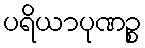
ပရိယာပုဏဉ္စ